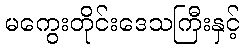
မကွေးတိုင်းဒေသကြီးနှင့်